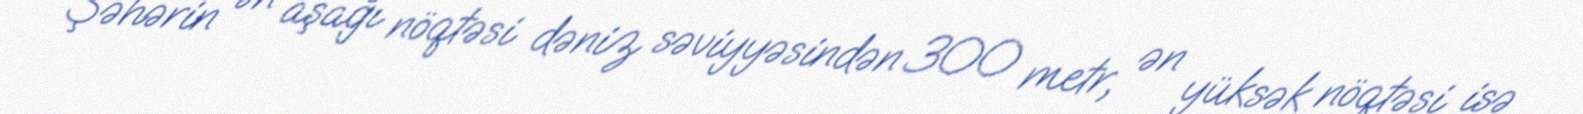
Şəhərin ən aşağı nöqtəsi dəniz səviyyəsindən 300 metr, ən yüksək nöqtəsi isə